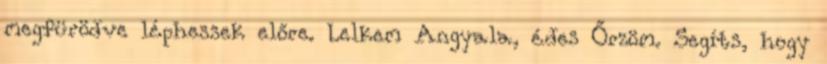
megfürödve léphessek előre. Lelkem Angyala, édes Őrzöm. Segíts, hogy